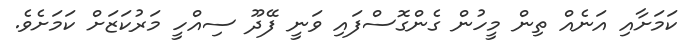
ކަމަށާއި އަނެއް ތިން މީހުން ގެންގޮސްފައި ވަނީ ފޭދޫ ސިއްހީ މަރުކަޒަށް ކަމަށެވެ.